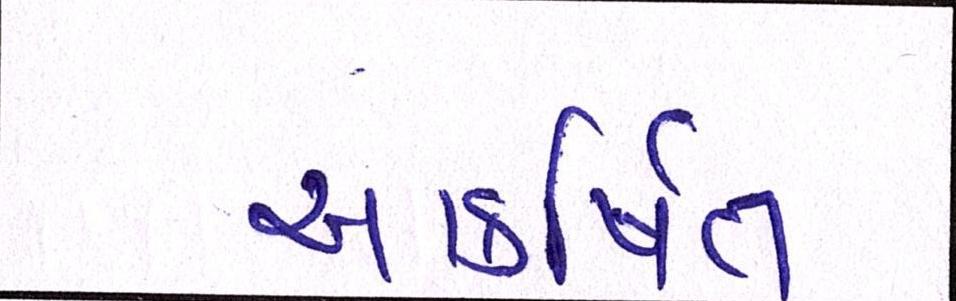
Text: આકર્ષિત